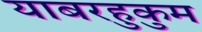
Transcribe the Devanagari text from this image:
याबरहुकुम